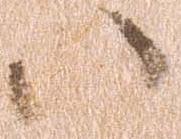
ハ